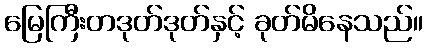
မြေကြီးတဒုတ်ဒုတ်နှင့် ခုတ်မိနေသည်။